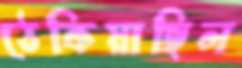
ঠেকিয়াছিল